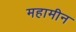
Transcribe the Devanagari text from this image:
महामीन